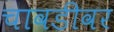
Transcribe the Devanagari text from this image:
चावडीवर